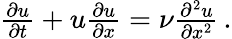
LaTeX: \begin{array}{r}{\frac{\partial u}{\partial t}+u\frac{\partial u}{\partial x}=\nu\frac{\partial^{2}u}{\partial x^{2}}\, .}\end{array}